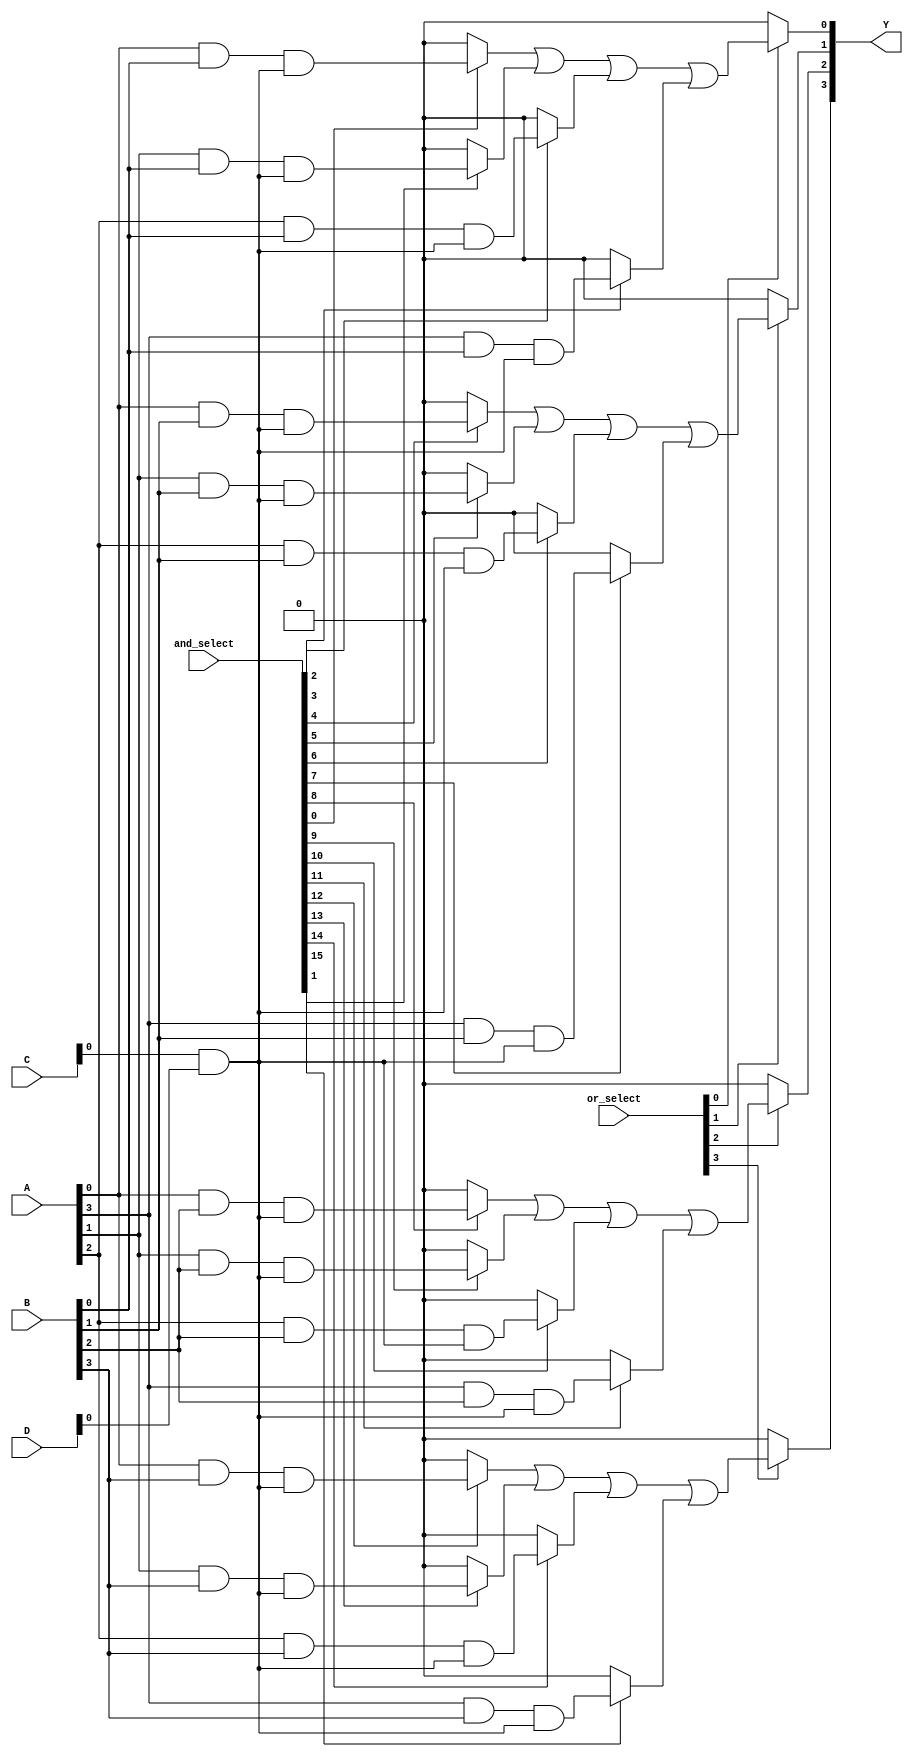
module SPAL (
    input wire [3:0] A,        // 4 input lines
    input wire [3:0] B,        // 4 input lines
    input wire [3:0] C,        // 4 input lines
    input wire [3:0] D,        // 4 input lines
    input wire [15:0] and_select, // Select lines for AND gates
    input wire [3:0] or_select, // Select lines for OR gates
    output wire [3:0] Y        // 4 output lines
);

// Define the number of AND gates and OR gates
parameter NUM_AND_GATES = 16; // 16 AND gates
parameter NUM_OR_GATES = 4;    // 4 OR gates

// Internal wires to hold the outputs of AND gates
wire [NUM_AND_GATES-1:0] and_out;

// Programmable AND array
genvar i;
generate
    for (i = 0; i < NUM_AND_GATES; i = i + 1) begin : and_array
        assign and_out[i] = (and_select[i]) ? 
                             (A[i % 4] & B[(i / 4) % 4]) & 
                             (C[(i / 16) % 4] & D[(i / 64) % 4]) : 1'b0; // Sample logic
    end
endgenerate

// Programmable OR array
genvar j;
generate
    for (j = 0; j < NUM_OR_GATES; j = j + 1) begin : or_array
        assign Y[j] = (or_select[j]) ? 
                      (and_out[j * 4] | and_out[j * 4 + 1] | 
                       and_out[j * 4 + 2] | and_out[j * 4 + 3]) : 1'b0; // Sample logic
    end
endgenerate

endmodule